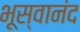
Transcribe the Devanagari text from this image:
भूस्वानंद